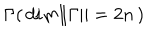
{ \Gamma } ( \, d i m \Vert \Gamma \Vert = 2 n \, )